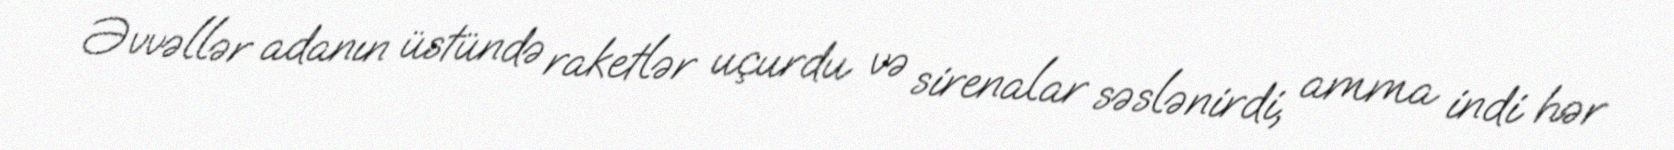
Əvvəllər adanın üstündə raketlər uçurdu və sirenalar səslənirdi, amma indi hər